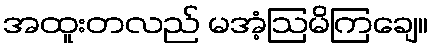
အထူးတလည် မအံ့ဩမိကြချေ။